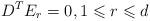
LaTeX: \begin{align*}D^TE_r=0, 1\leqslant r\leqslant d\end{align*}